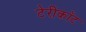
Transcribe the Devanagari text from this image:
टेरीकॉट